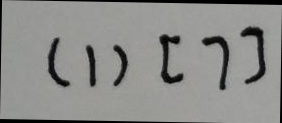
( 1 ) [ 7 ]